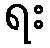
ရး